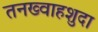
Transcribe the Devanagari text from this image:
तनख्वाहशुदा